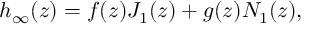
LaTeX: h _ { \infty } ( z ) = f ( z ) J _ { 1 } ( z ) + g ( z ) N _ { 1 } ( z ) ,